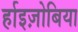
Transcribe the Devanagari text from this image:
र्हाइज़ोबिया